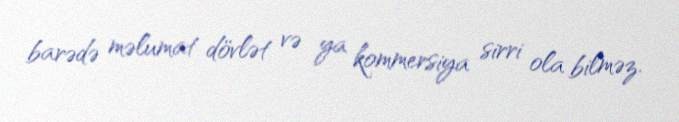
barədə məlumat dövlət və ya kommersiya sirri ola bilməz.